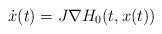
LaTeX: \begin{align*}\dot x(t) = J \nabla H_0(t,x(t))\end{align*}